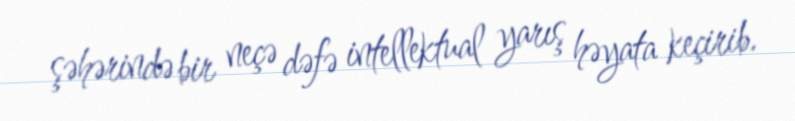
şəhərində bir neçə dəfə intellektual yarış həyata keçirib.